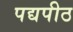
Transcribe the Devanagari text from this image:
पद्यपीठ